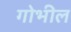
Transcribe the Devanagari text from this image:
गोभील